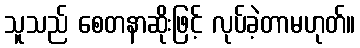
သူသည် စေတနာဆိုးဖြင့် လုပ်ခဲ့တာမဟုတ်။